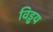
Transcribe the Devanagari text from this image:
विड्ढय